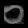
Digit: ၀